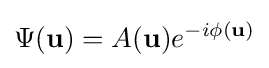
\Psi ({\textbf {u}})=A({\textbf {u}})e^{-i\phi ({\textbf {u}})}